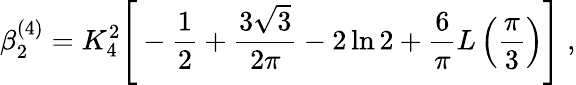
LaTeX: \beta_{2}^{(4)}=K_{4}^{2}\Bigg[-\frac{1}{2}+\frac{3\sqrt{3}}{2\pi}-2\ln 2+\frac{6}{\pi}L\left(\frac{\pi}{3}\right)\Bigg]\; ,